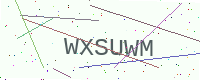
Text: WXSUWM